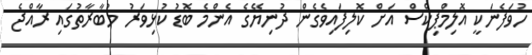
ހުވަފެނަކީ އޮލިމްޕިކްސް އަށް ކޮލިފައިވެގެން ދުނިޔޭގެ އެންމެ ބޮޑު ކުޅިވަރު މުބާރާތުގައި ރާއްޖެ